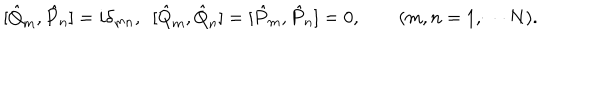
LaTeX: [ \hat { Q } _ { m } , \hat { P } _ { n } ] = i \delta _ { m n } , \ \ [ \hat { Q } _ { m } , \hat { Q } _ { n } ] = [ \hat { P } _ { m } , \hat { P } _ { n } ] = 0 , \qquad ( m , n = 1 , \cdots N ) .